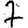
Digit: 7